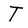
Character: T